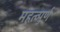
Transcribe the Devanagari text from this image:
महत्व्पुर्ण